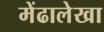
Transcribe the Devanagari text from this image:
मेंढालेखा